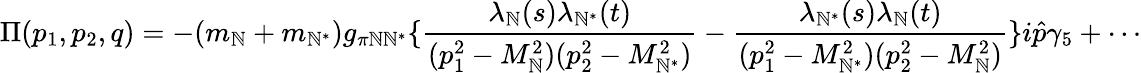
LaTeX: \Pi(p_{1},p_{2},q)=-(m_{\mathbb{N}}+m_{\mathbb{N}^{\ast}})g_{\pi\mathbb{N}\mathbb{N}^{\ast}}\{ {\frac{{\lambda_{\mathbb{N}}(s)\lambda_{\mathbb{N}^{\ast}}(t)}}{{(p_{1}^{2}-M_{\mathbb{N}}^{2})(p_{2}^{2}-M_{\mathbb{N}^{\ast}}^{2})}}}-{\frac{{\lambda_{\mathbb{N}^{\ast}}(s)\lambda_{\mathbb{N}}(t)}}{{(p_{1}^{2}-M_{\mathbb{N}^{\ast}}^{2})(p_{2}^{2}-M_{\mathbb{N}}^{2})}}}\} i{\hat{{p}}}\gamma_{5}+\cdots